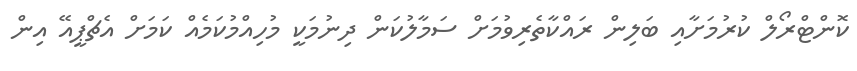
ކޮންޓްރޯލް ކުރުމަށާއި ބަލިން ރައްކާތެރިވުމަށް ސަމާލުކަން ދިނުމަކީ މުހިއްމުކަމެެއް ކަމަށް އެޗްޕީއޭ އިން